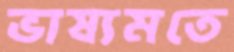
ভাষ্যমতে